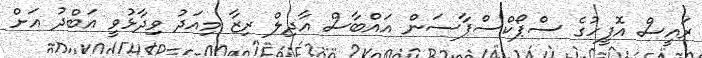
ރައީސް އޮފީހުގެ ސްޕޯކްސްޕާސަން އައްބާސް އާދިލް ރިޒާ މިއަދު ވިދާޅުވީ އަބްދު އަށް